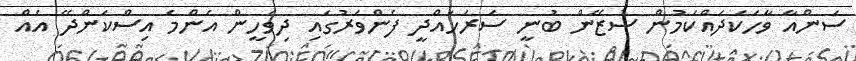
ސަންއާ ވާހަކަދައްކަމުން ސުޒޭން ބުނީ ސަރަހައްދީ ފެންވަރުގައި ދިވެހީން އެންމެ އިސްކަންދޭ އެއް